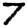
Digit: 7